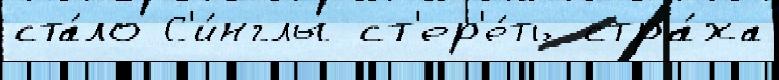
ста́ло С'и́нглы ст'ер'е́ть стра́ха